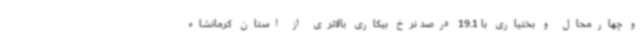
و چهارمحال و بختیاری با 19.1 درصد نرخ بیکاری بالاتری از استان کرمانشاه